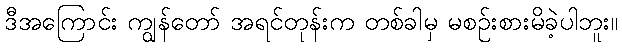
ဒီအကြောင်း ကျွန်တော် အရင်တုန်းက တစ်ခါမှ မစဉ်းစားမိခဲ့ပါဘူး။